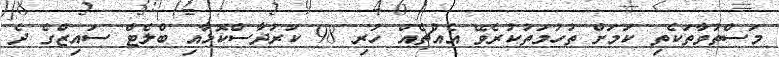
މަސްތުވާތަކެތި ކަމަށް ތުހުމަތުކުރެވޭ އެއްޗެއް ހުރި 98 ކަރުދާސްކޮޅާއި ބްލެޓް ސައިޒްގެ ދެ